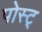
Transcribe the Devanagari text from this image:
पोस्ट्